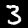
Label: 3